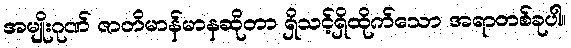
အမျိုးဂုဏ် ဇာတိမာန်မာနဆိုတာ ရှိသင့်ရှိထိုက်သော အရာတစ်ခုပါ။